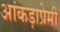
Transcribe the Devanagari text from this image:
आंकड़ाप्रेमी